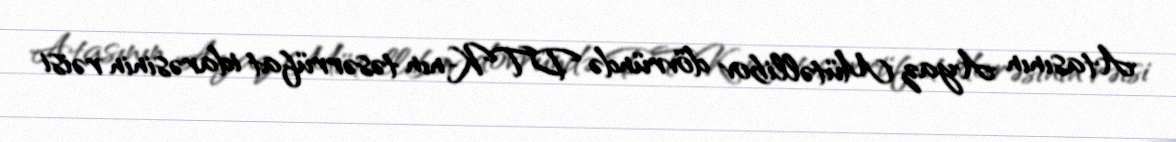
Atasının Ayaz Mütəllibov dövründə DTK-nın təsərrüfat idarəsinin rəisi